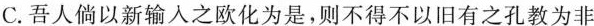
C.吾人倘以新输人之欧化为是，则不得不以旧有之孔教为非